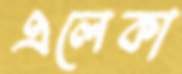
এলেকা